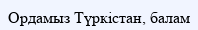
Ордамыз Түркістан, балам